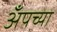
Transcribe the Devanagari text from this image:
अँपच्या